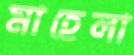
মাহেলা